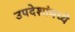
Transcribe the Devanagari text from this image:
उपदेशांमध्ये